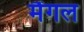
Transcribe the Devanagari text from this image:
मैंगल